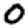
Digit: 0